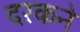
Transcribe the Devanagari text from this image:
दरकने